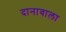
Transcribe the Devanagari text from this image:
दानावाला